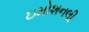
ઇમોશનલી